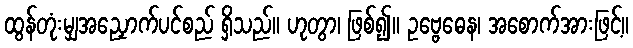
ထွန်တုံးမျှအညှောက်ပင်စည် ရှိသည်။ ဟုတွာ၊ ဖြစ်၍။ ဥဗ္ဗေဓေန၊ အစောက်အားဖြင့်။